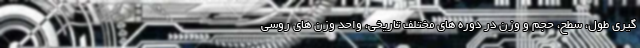
گیری طول، سطح، حجم و وزن در دوره های مختلف تاریخی، واحد وزن های روسی